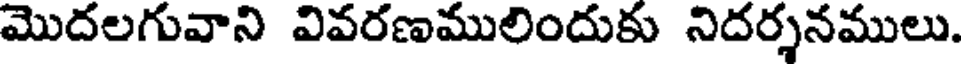
మొదలగువాని వివరణములిందుకు నిదర్శనములు.